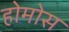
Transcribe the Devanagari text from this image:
होमोस